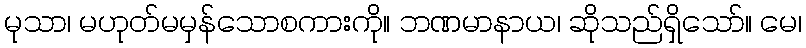
မုသာ၊ မဟုတ်မမှန်သောစကားကို။ ဘဏမာနာယ၊ ဆိုသည်ရှိသော်။ မေ၊